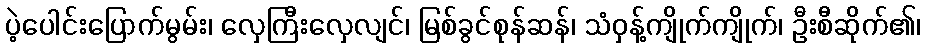
ပဲ့ပေါင်းပြောက်မွမ်း၊ လှေကြီးလှေလျင်၊ မြစ်ခွင်စုန်ဆန်၊ သံဝှန့်ကျိုက်ကျိုက်၊ ဦးစီဆိုက်၏၊